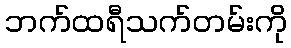
ဘက်ထရီသက်တမ်းကို